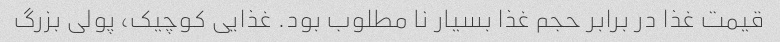
قیمت غذا در برابر حجم غذا بسیار نا مطلوب بود. غذایی کوچیک، پولی بزرگ